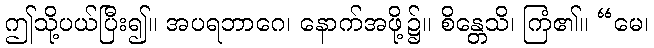
ဤသို့ပယ်ပြီး၍။ အပရဘာဂေ၊ နောက်အဖို့၌။ စိန္တေသိ၊ ကြံ၏။ “မေ၊